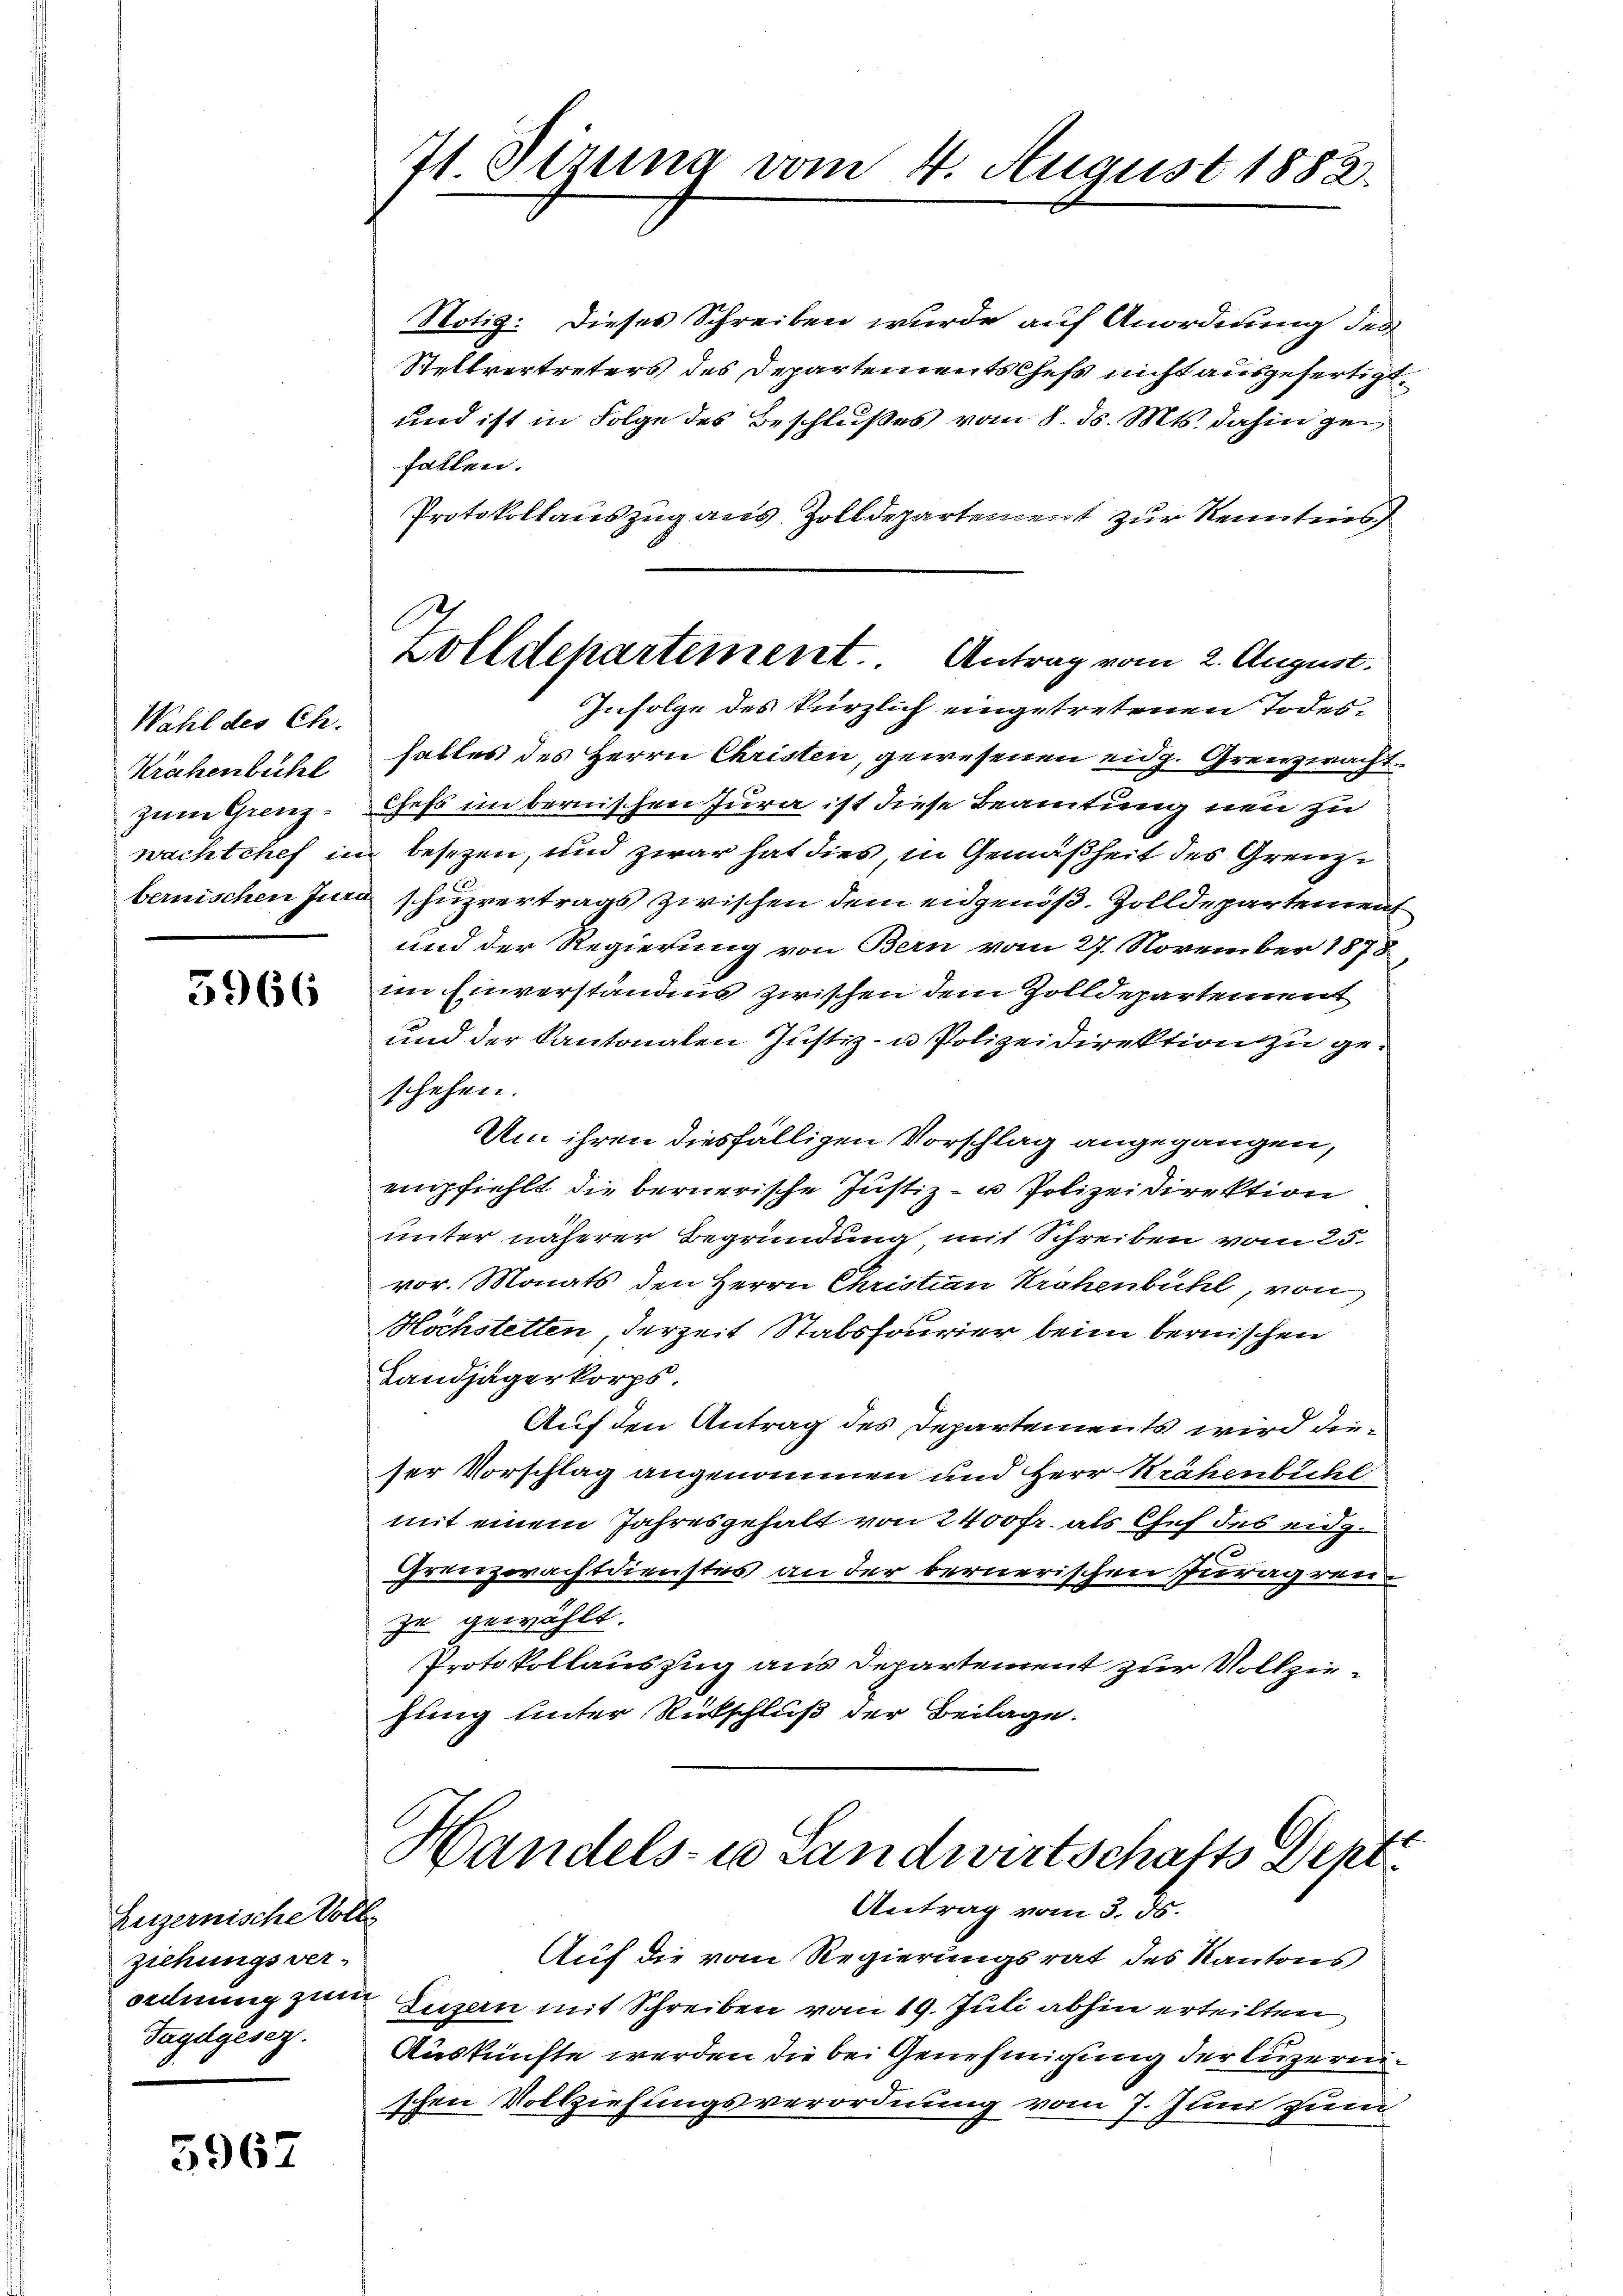
Wahl des Ch.
Krähenbühl
zum Grenzwachtchef in
bernischen Jura

5966

Luzernische Volls
ziehungsver-
Tagdgesez.

5967

71. Sizung vom 4. August 1882.

Zolldepartement. Antrag vom 2. August.

Notiz: Dieses Schreiben wurde auf Anordnung des
Stellvertreters des Departements Chefs nicht ausgefertigt.
und ist in Folge des Beschlußes vom 8. ds. Mts. dahin gefallen.
Protokollauszug aus Zolldepartement zur Kenntnis
Infolge des kürzlich eingetretenen Todeshaltes des Herrn Christen, gewesenen eidg. Grenzwacht
Chefs im bernischen Jura ist diese Beamtung neu zu
 besezen, und zwar hat dies, in Gemäßheit des Grenza schuzvertrags zwischen dem eidgenöß. Zolldepartement
und der Regierung von Bern vom 27. November 1878
im Einverstandes zwischen dem Zolldepartement
und der Kantonalen Justiz- u Polizeidirektion zu geschehen.
Um ihren diesfälligen Vorschlag angegangen,
empfiehlt die bernerische Justiz- u Polizeidirektion
unter näherer Begründung mit Schreiben vom 25.
vor. Monats den Herrn Christian Krähenbühl, von
Höchstelten, derzeit Stabsfourier beim bernischen
Landjägerkorps.
Auf den Antrag des Departements wird dieser Vorschlag angenommen und Herr Krähenbühl
mit einem Jahresgehalt von 2400 fr. als Chef des eidg.
Grenzwachtdienstes an der bernerischen Juragrenzu gewählt.
Protokollauszug aus Departement zur Vollziehung unter Rückschluß der Beilage.
Handels- u Landwirtschafts Dent.
Antrag vom 3. ds.
Auf die vom Regierungsrat des Kantons
ordnung zum Luzern mit Schreiben vom 19. Juli abhin erteilten
Auskünfte werden die bei Genehmigung der Luzernschen Vollziehungsverordnung vom 7. Juni zum